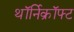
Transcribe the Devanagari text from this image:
थॉर्निक्रॉफ्ट